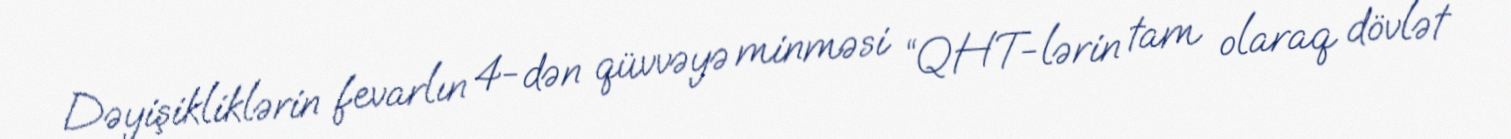
Dəyişikliklərin fevarlın 4-dən qüvvəyə minməsi “QHT-lərin tam olaraq dövlət